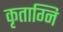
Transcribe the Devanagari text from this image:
कृताग्नि